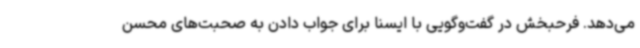
می‌دهد. فرحبخش در گفت‌وگویی با ایسنا برای جواب دادن به صحبت‌های محسن